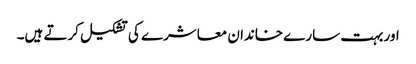
اور بہت سارے خاندان معاشرے کی تشکیل کرتے ہیں۔